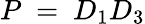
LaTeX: P~=~D_{1}D_{3}